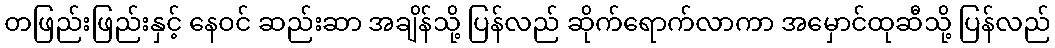
တဖြည်းဖြည်းနှင့် နေဝင် ဆည်းဆာ အချိန်သို့ ပြန်လည် ဆိုက်ရောက်လာကာ အမှောင်ထုဆီသို့ ပြန်လည်